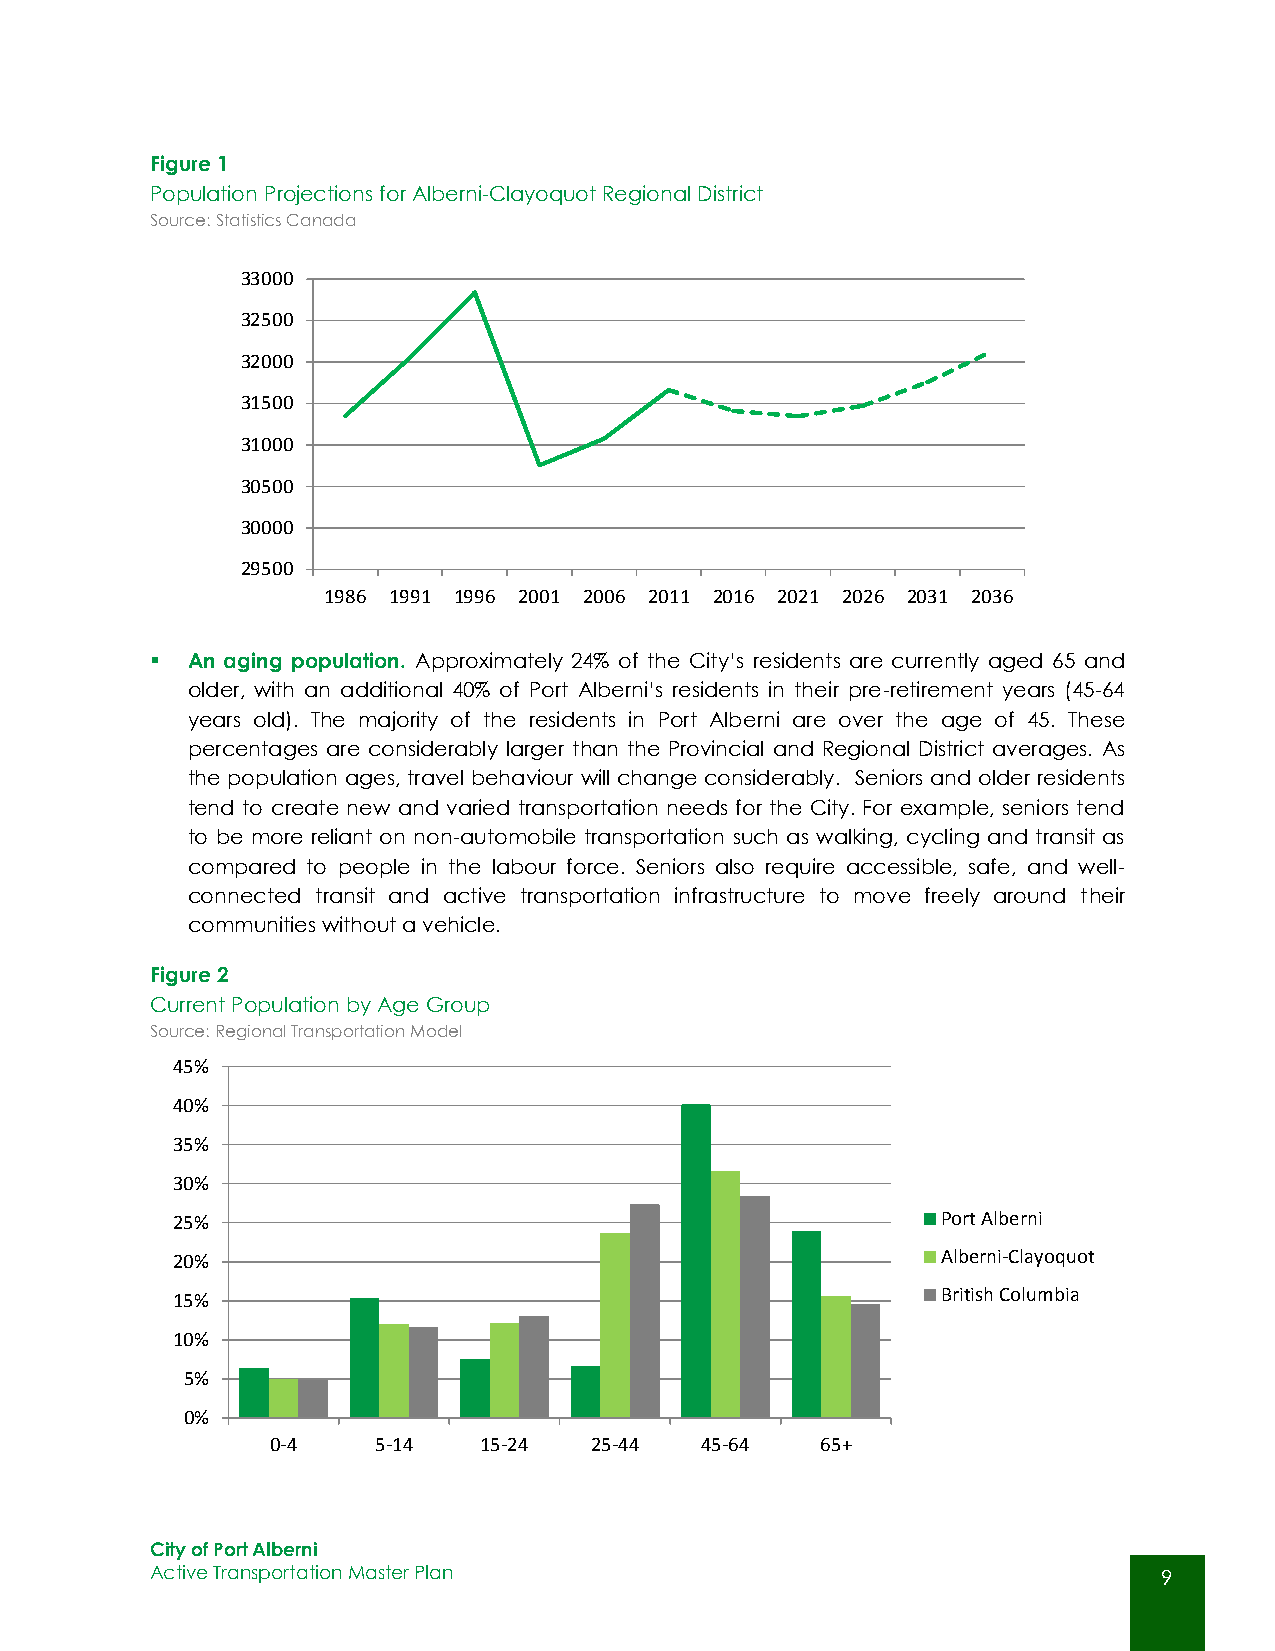
Figure 1
 Population Projections for Alberni-Clayoquot Regional District
 Source: Statistics Canada
 33000
 32500
 32000
 31500
 31000
 30500
 30000
 29500
 1986 1991 1996 2001 2006 2011 2016 2021 2026 2031 2036
  An aging population. Approximately 24% of the City’s residents are currently aged 65 and
 older, with an additional 40% of Port Alberni’s residents in their pre-retirement years (45-64
 years old). The majority of the residents in Port Alberni are over the age of 45. These
 percentages are considerably larger than the Provincial and Regional District averages. As
 the population ages, travel behaviour will change considerably. Seniors and older residents
 tend to create new and varied transportation needs for the City. For example, seniors tend
 to be more reliant on non-automobile transportation such as walking, cycling and transit as
 compared to people in the labour force. Seniors also require accessible, safe, and well-
 connected transit and active transportation infrastructure to move freely around their
 communities without a vehicle.
 Figure 2
 Current Population by Age Group
 Source: Regional Transportation Model
 45%
 40%
 35%
 30%
 25%                                                Port Alberni
 20%                                                Alberni-Clayoquot
 British Columbia
 15%
 10%
 5%
 0%
 0-4    5-14   15-24  25-44  45-64   65+
 City of Port Alberni
 Active Transportation Master Plan                                  9
 9